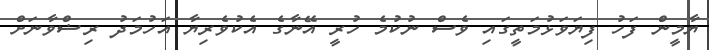
ޔާމީން ފަހު ފިޔަވަޅުމަތީގައި ވެސް ނުކުމެ ހުރީ އޭނާގެ އެކުވެރިޔާ އަހުމަދު ރިޟްވާނަށް